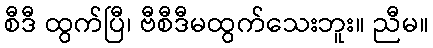
စီဒီ ထွက်ပြီ၊ ဗီစီဒီမထွက်သေးဘူး။ ညီမ။